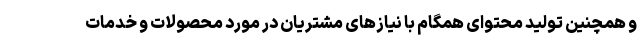
و همچنین تولید محتوای همگام با نیازهای مشتریان در مورد محصولات و خدمات